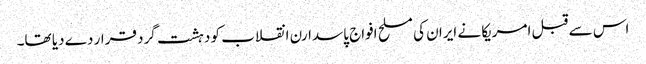
اس سے قبل امریکا نے ایران کی مسلح افواج پاسدارن انقلاب کو دہشت گرد قرار دے دیا تھا۔